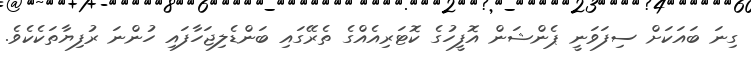
ގިނަ ބައަކަށް ސިފަވަނީ ޕެންޝަން އޮފީހުގެ ކޮޓަރިއެއްގެ ތެރޭގައި ބަންޑެލިޖަހާފައި ހުންނަ ރުފިޔާތަކެކެވެ.